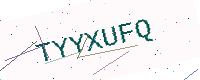
Text: TYYXUFQ